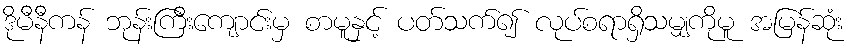
ဒိုမီနီကန် ဘုန်းကြီးကျောင်းမှ စာမူနှင့် ပတ်သက်၍ လုပ်စရာရှိသမျှကိုမူ အမြန်ဆုံး